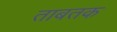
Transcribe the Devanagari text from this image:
ताबतक